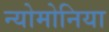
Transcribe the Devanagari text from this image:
न्योमोनिया